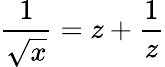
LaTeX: \frac{1}{\sqrt x}=z+\frac{1}{z}